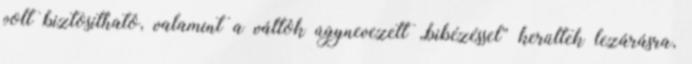
volt biztosítható, valamint a váltók úgynevezett „bibézéssel” kerültek lezárásra,